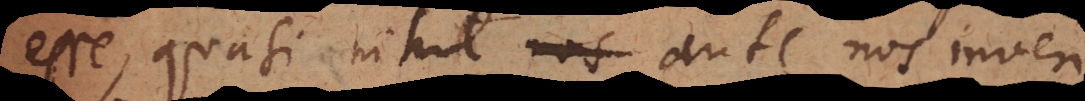
esse, quasi nihil nos ante nos inven-